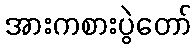
အားကစားပွဲတော်